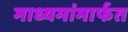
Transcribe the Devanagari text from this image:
माध्यमांमार्फत